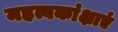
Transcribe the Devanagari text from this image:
महत्वकांक्षाएं